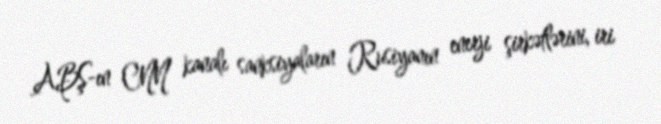
ABŞ-ın CNN kanalı sanksiyaların Rusiyanın enerji şirkətlərini, iri